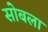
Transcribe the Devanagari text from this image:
सोबला